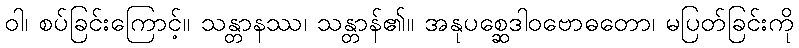
ဝါ၊ စပ်ခြင်းကြောင့်။ သန္တာနဿ၊ သန္တာန်၏။ အနုပစ္ဆေဒါဝဗောဓတော၊ မပြတ်ခြင်းကို